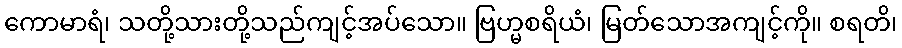
ကောမာရံ၊ သတို့သားတို့သည်ကျင့်အပ်သော။ ဗြဟ္မစရိယံ၊ မြတ်သောအကျင့်ကို။ စရတိ၊